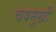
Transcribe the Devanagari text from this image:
चषमुखी